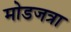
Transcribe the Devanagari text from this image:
मोडजत्रा